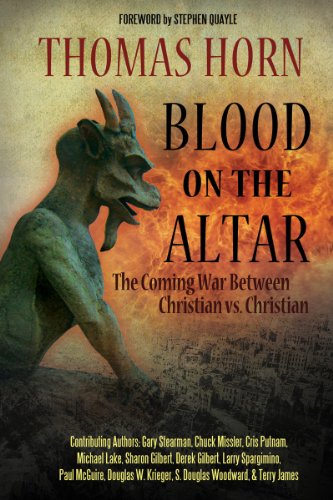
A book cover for Blood on the Altar: The Coming War Between Christian vs. Christian; Tom Horn; Christian Books & Bibles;